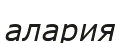
алария